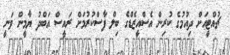
ޗުއްޓީއަށް ދިއުމުގެ ކުރިން އެސްއީޒެޑްގެ ބިލް ފާސްކުރުމަށް ރައީސް އަބްދު ޔާމީން ވަނީ